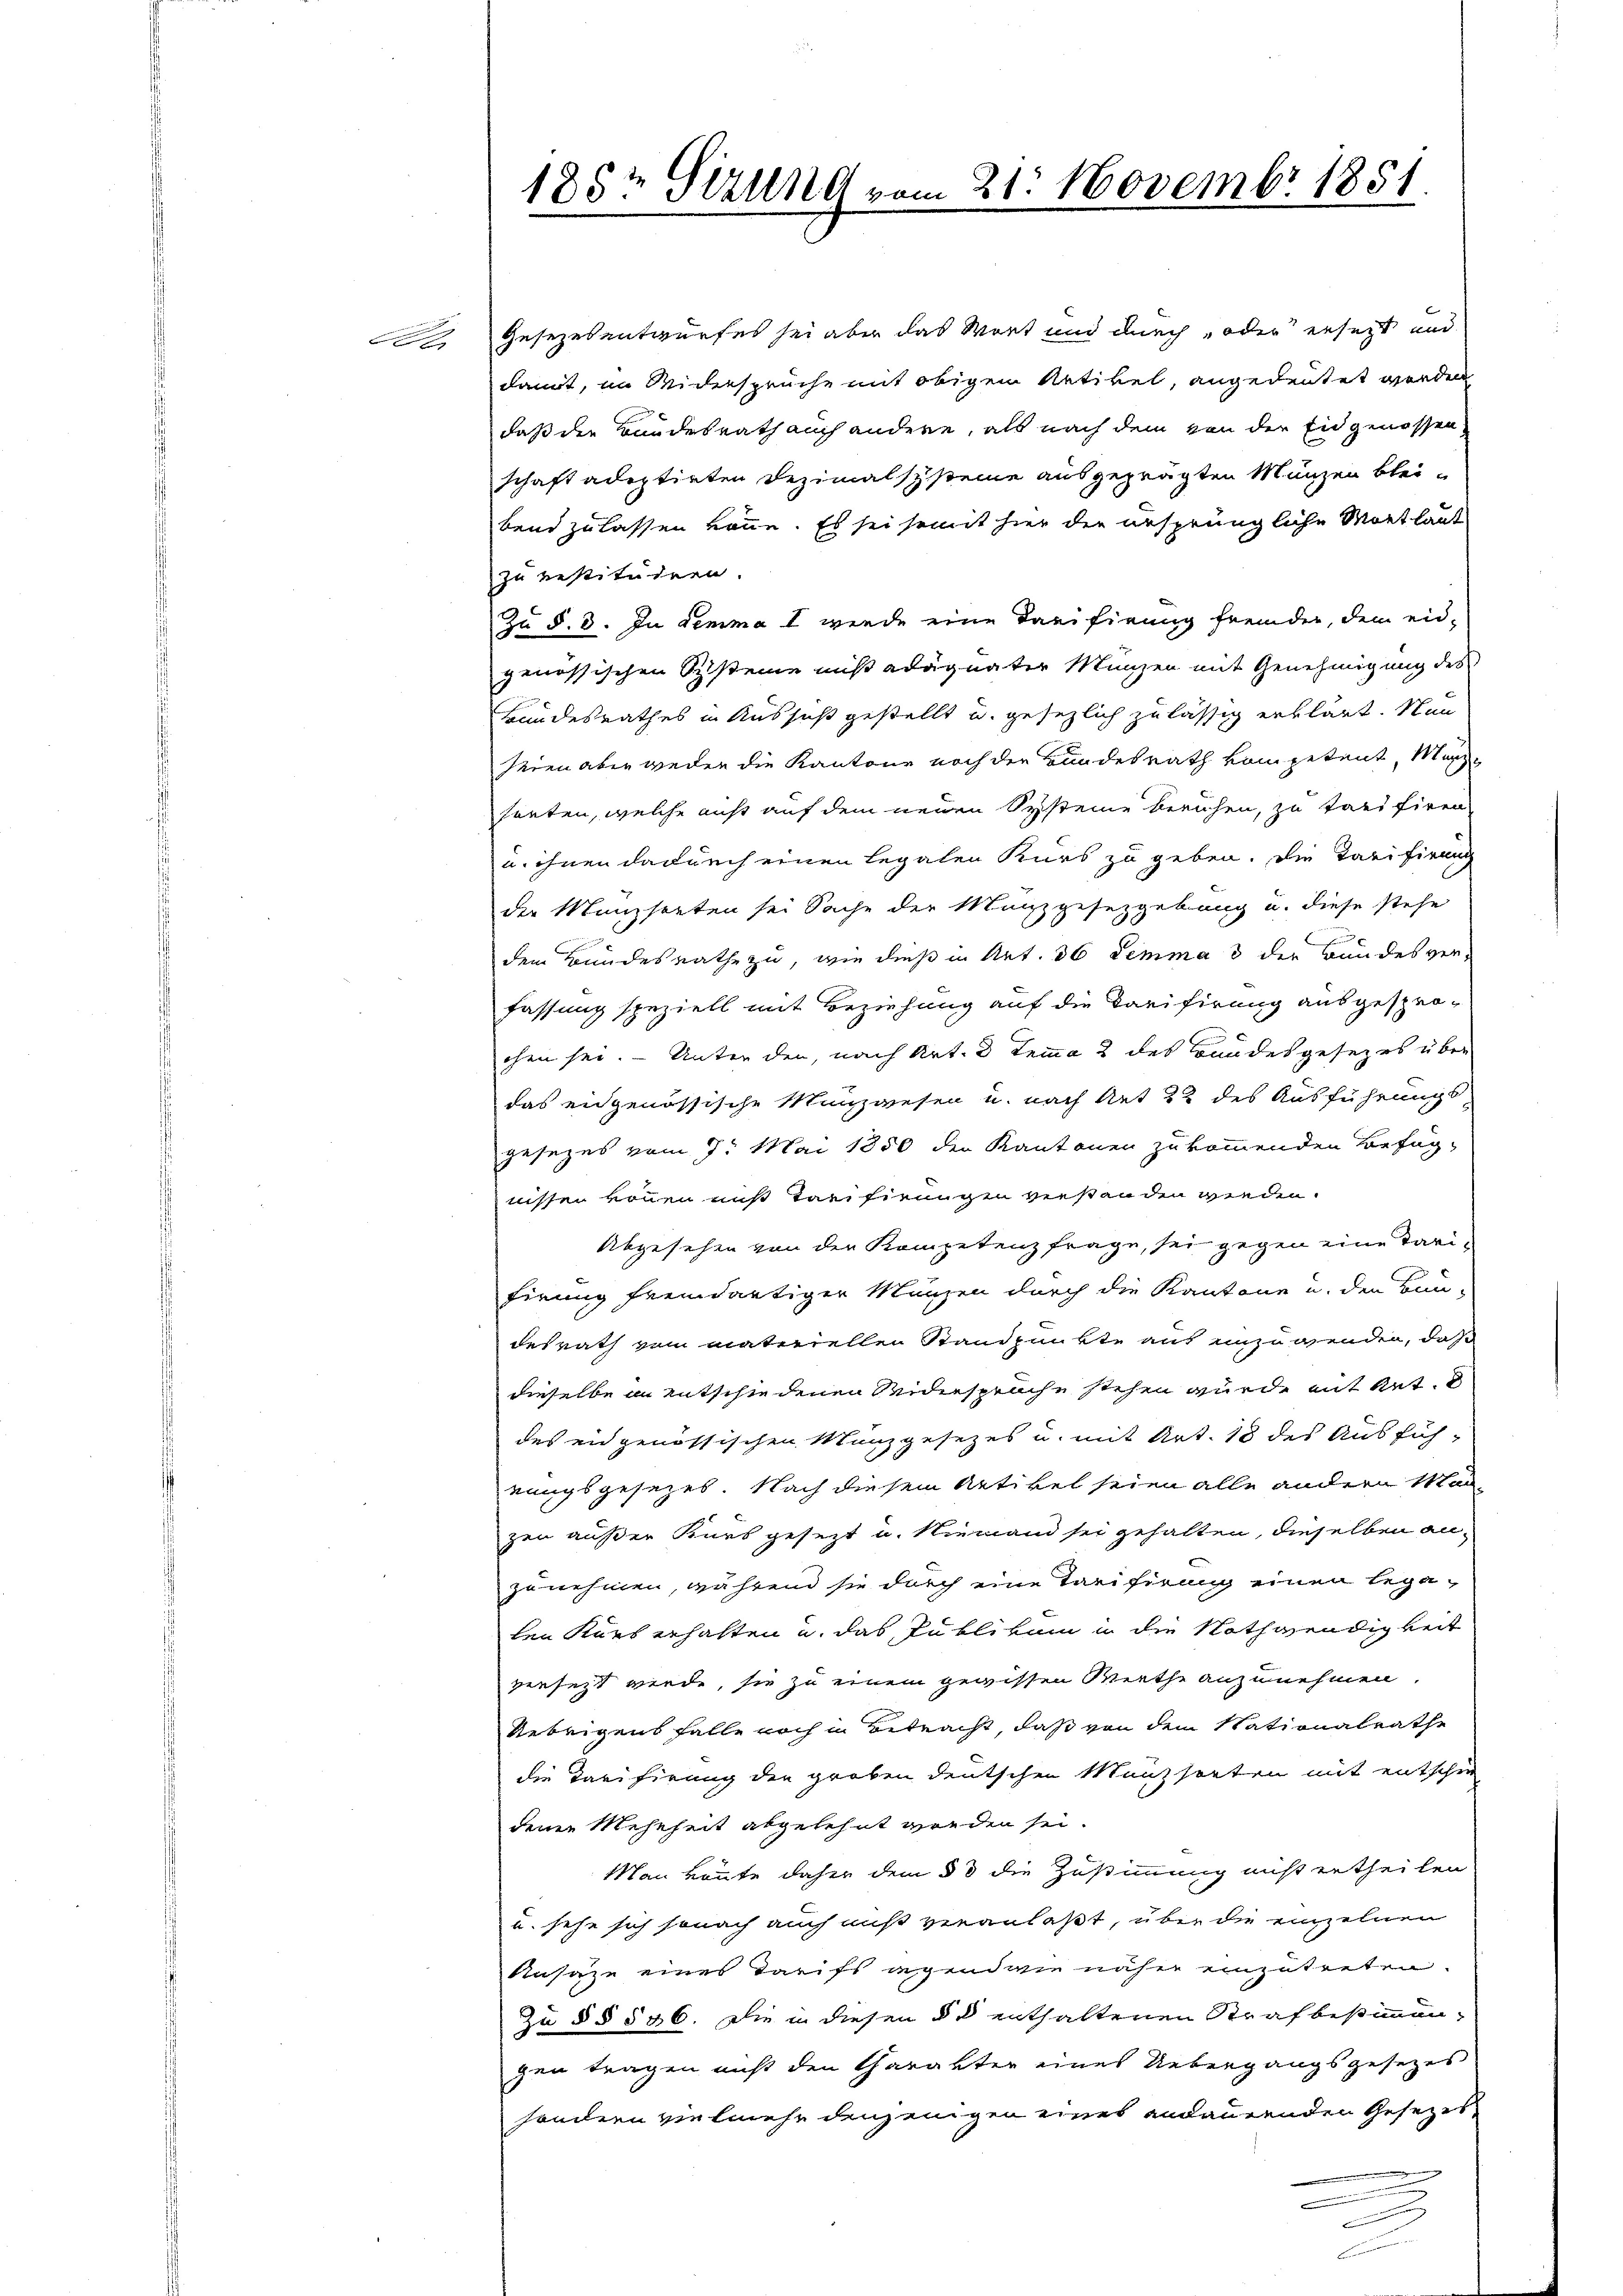
Gesezesentwurfes sei aber das Wort und durch oder ersetzt und
damit, im Widersprüche mit obigem Artikel, angedeutet werden
daß die Bundesrath auch andere, als nach dem von der Eidgenossen
schaft adoptirten Dezimalsysteine ausgeprägten Münzen blei-
bend zu lassen könne. Es sei somit hier der ursprüngliche Mortlaut
zu restituiren.
Zu §. 8. In demma 1 werde eine Tarifirung fremder, dem eidgenössischen Systeine nicht adäquater Münzen mit Genehmigung des
Bundesrathes in Aussicht gestellt u. gesezlich zulässig erklärt. Nun
seien aber weder die Kantone noch der Bundesrath vom petent, Marheuten, welche nicht auf dem neuen Systeme beruhen, zu tarifiren
u. ihnen dadurch einen Legalen Kurs zu geben. Die Tarifirung
die Münzsorten sei Sache der Manzgesetzgebung u. diese stehe
dem Bundesrathe zu, wie dieß in Art. 36 lemma 3 der Bundesverfassung speziell mit Beziehung auf die Tarifirung ausgespro-
chen sei. — Unter den, nach Art. 3 Temma 2 des Bundesgesezes über
das eidgenössische Münzwesen u. nach Art 22 des Ausführungs
gesezes vom 7. Mai 1850 der Kantonen zukommenden Befug-
nissen können muß Tarifirungen verstanden werden.
Abgesehen von der Kompetenzfrage, sei gegen eine darifirung fremdartiger Münzen durch die Kantone u. der Bau-
desrath vom materiellen Standpunkte aus unzugenden, daß
dieselbe in entschiedenen Seiderspruche stehen wurde mit Rat
des eidgenössischen Münzgesezes u. mit Art. 18 des Ausführungsgesezes. Nach diesem Artikel seien alle andern Man-
zen außer Kurs gesezt u. Niemand sei gehalten, dieselben anzunehmen, während sie durch eine Tarifirung einen legalen Kurs erhalten u. das Publikum in die Nothwendigkeit
versetzt werde, sie zu einem gewissen Werthe anzunehmen.
Uebrigens falle noch in Betracht, daß von dem Stationalrathe
die Tarifirung der groben deutschen Münzsorten mit entschrie-
denen Mehrheit abgelehnt werden sei.
Man könnte daher dem § 3 die Zustimmung nicht ertheilen
u. sehe sich sonach auch aus veranlaßt, über die einzelnen
Ansätze eines Tarifs gegendwie näher einzutreten.
Zu §§ 536. Die in diesen du enthaltenen Strafbestimmen-
gen tragen nicht den Charakter eines Uebergangsgesezes
sondern vielmehr denjenigen eines andauernden Gesezese

185. Sirung vom 21. Novembr 1851